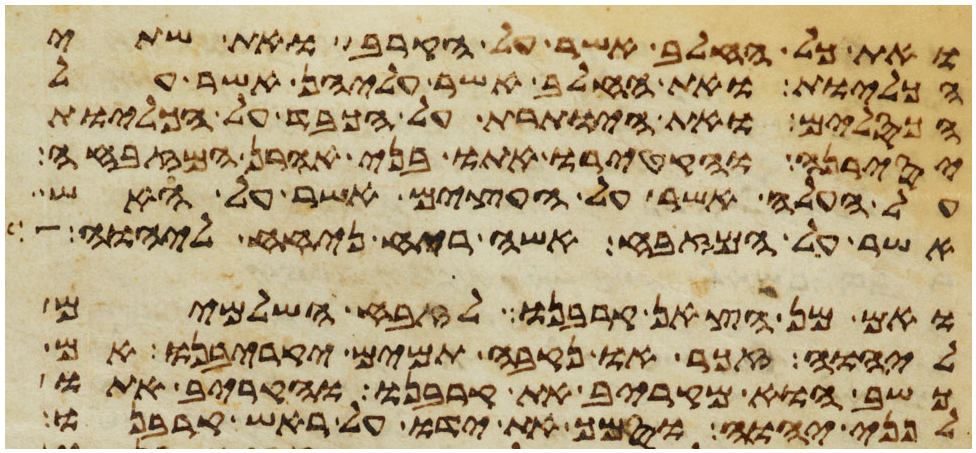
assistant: ואת כל החלב אשר על הקרב ואת שתי
הכליות ואת החלב אשר עליהן אשר על
הכסלים ואת היותרת על הכבד על הכליות
יסירנה והקטירו אתו בני אהרן המזבחה
על העלה אשר על העצים אשר על האש
אשר על המזבח אשה ריח ניחח ליהוה
ואם מן הצאן קרבנו לזבח השלמים
ליהוה זכר או נקבה תמים יקריבנו אם
כשב הוא מקריב את קרבנו והקריב אתו
לפני יהוה וסמך את ידו על ראש קרבנו